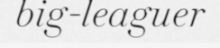
big-leaguer